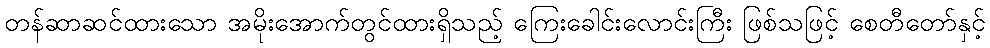
တန်ဆာဆင်ထားသော အမိုးအောက်တွင်ထားရှိသည့် ကြေးခေါင်းလောင်းကြီး ဖြစ်သဖြင့် စေတီတော်နှင့်